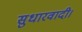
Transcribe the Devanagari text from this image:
सुधारवादी।